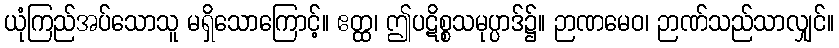
ယုံကြည်အပ်သောသူ မရှိသောကြောင့်။ ဧတ္ထ၊ ဤပဋိစ္စသမုပ္ပာဒ်၌။ ဉာဏမေဝ၊ ဉာဏ်သည်သာလျှင်။